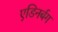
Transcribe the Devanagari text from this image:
एडिनर्बग